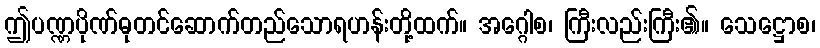
ဤပဏ္ဏပိုဏ်ဓုတင်ဆောက်တည်သောရဟန်းတို့ထက်။ အဂ္ဂေါစ၊ ကြီးလည်းကြီး၏။ သေဋ္ဌောစ၊